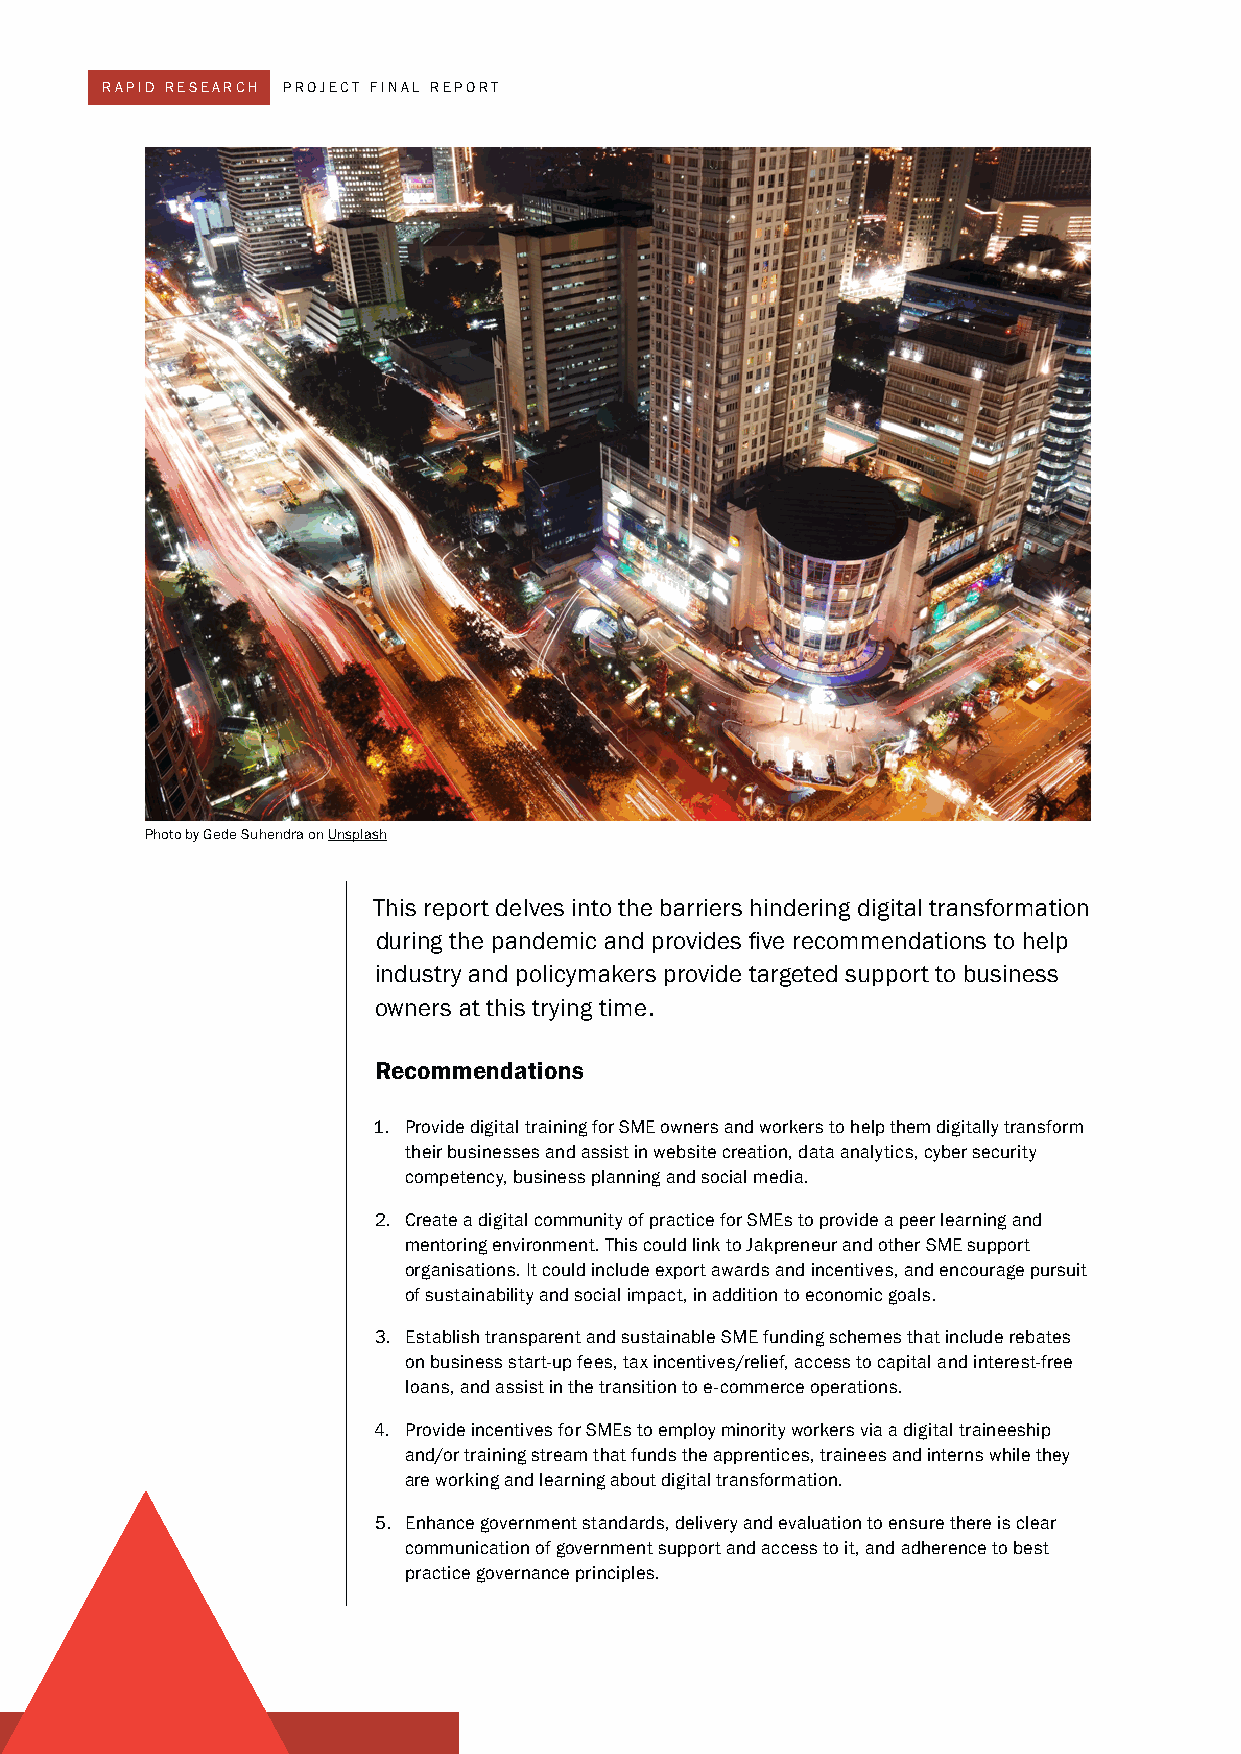
RAPID RESEARCH PROjECT fINAL REPORT
 Photo by Gede Suhendra on Unsplash
 This report delves into the barriers hindering digital transformation
 during the pandemic and provides five recommendations to help
 industry and policymakers provide targeted support to business
 owners at this trying time.
 Recommendations
 1. Provide digital training for SME owners and workers to help them digitally transform
 their businesses and assist in website creation, data analytics, cyber security
 competency, business planning and social media.
 2. Create a digital community of practice for SMEs to provide a peer learning and
 mentoring environment. This could link to jakpreneur and other SME support
 organisations. It could include export awards and incentives, and encourage pursuit
 of sustainability and social impact, in addition to economic goals.
 3. Establish transparent and sustainable SME funding schemes that include rebates
 on business start-up fees, tax incentives/relief, access to capital and interest-free
 loans, and assist in the transition to e-commerce operations.
 4. Provide incentives for SMEs to employ minority workers via a digital traineeship
 and/or training stream that funds the apprentices, trainees and interns while they
 are working and learning about digital transformation.
 5. Enhance government standards, delivery and evaluation to ensure there is clear
 communication of government support and access to it, and adherence to best
 practice governance principles.